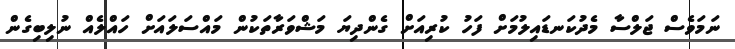
ނަމަވެސް ޖަލްސާ މެދުކަނޑައިލުމަށް ފަހު ކުރިއަށް ގެންދިޔަ މަޝްވަރާތަކުން މައްސަލައަށް ހައްލެއް ނުލިބިގެން